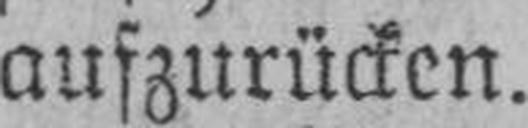
auszurücken.